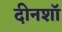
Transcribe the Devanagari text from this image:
दीनशॉ